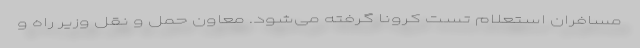
مسافران استعلام تست کرونا گرفته می‌شود. معاون حمل و نقل وزیر راه و